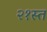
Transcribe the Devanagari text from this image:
२१स्त